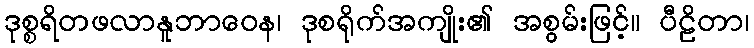
ဒုစ္စရိတဖလာနူဘာဝေန၊ ဒုစရိုက်အကျိုး၏ အစွမ်းဖြင့်။ ပီဠိတာ၊